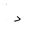
Letter: _dal